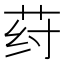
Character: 荮